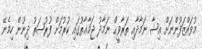
މުވައްޒަފުންނަށް ޢިޝާ ނަމާދާއި ތަރާވީޙް ނަމާދު ޖަމާޢާތުގައި ކުރުމަށް ފުރުޞަތު ދިނުން ހިމެނޭ